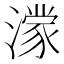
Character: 𪷟